Problem: 7 × 2 = ?
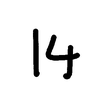
Handwritten answer: 14